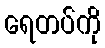
ရေတပ်ကို